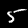
Label: 5